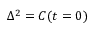
{ { \Delta } ^ { 2 } } = C ( t = 0 )